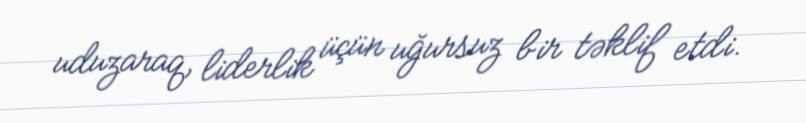
uduzaraq, liderlik üçün uğursuz bir təklif etdi.